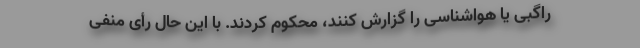
راگبی یا هواشناسی را گزارش کنند، محکوم کردند. با این حال رأی منفی